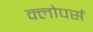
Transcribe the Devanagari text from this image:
क्लोपर्स